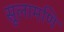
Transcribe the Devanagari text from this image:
सूलामणि